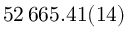
5 2 \, 6 6 5 . 4 1 ( 1 4 )